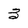
Character: 3